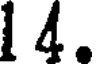
1 4.